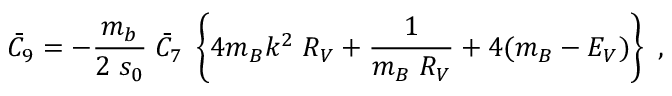
\bar { C } _ { 9 } = - \frac { m _ { b } } { 2 \; s _ { 0 } } \; \bar { C } _ { 7 } \; \left\{ 4 m _ { B } k ^ { 2 } \; R _ { V } + \frac { 1 } { m _ { B } \; R _ { V } } + 4 ( m _ { B } - E _ { V } ) \right\} ~ ,